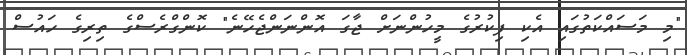
"މި މަސައްކަތުގައި އެކި ފިކުރުގެ މީހުންނަށް ޖާގަ އޮންނަންްޖެހޭނެ" ކޮންގްރެސްގެ ތިރިގެ ހައުސް